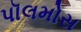
પૉલમોસ